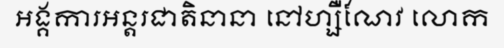
អង្គការអន្តរជាតិនានា នៅហ្សឺណែវ លោក